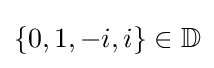
\{0,1,-i,i\}\in \mathbb {D}